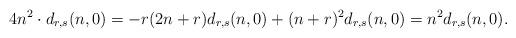
LaTeX: \begin{align*}4n^2\cdot d_{r,s}(n,0)=-r(2n+r)d_{r,s}(n,0)+(n+r)^2d_{r,s}(n,0)=n^2d_{r,s}(n,0).\end{align*}